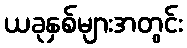
ယခုနှစ်များအတွင်း